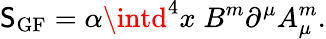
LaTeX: \mathsf{S}_{\mathrm{{GF}}}=\alpha\intd^{4}x\; B^{m}\partial^{\mu}A_{\mu}^{m}.